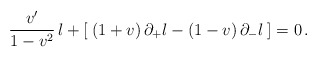
\begin{align*}\frac{v'}{1 - v^{2}}\,l + [\: (1+v)\,\partial_{+}l - (1-v)\,\partial_{-}l\:]= 0 \,.\end{align*}